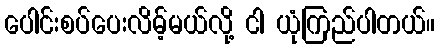
ပေါင်းစပ်ပေးလိမ့်မယ်လို့ ငါ ယုံကြည်ပါတယ်။